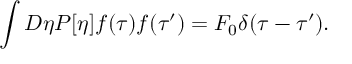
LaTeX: \int D \eta P [ \eta ] f ( \tau ) f ( \tau ^ { \prime } ) = F _ { 0 } \delta ( \tau - \tau ^ { \prime } ) .